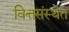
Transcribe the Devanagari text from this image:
वित्तसंस्थेत